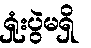
ရှုံးပွဲမရှိ